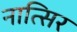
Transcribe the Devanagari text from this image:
नात्सिर